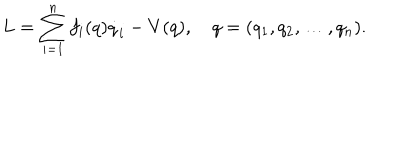
LaTeX: L = \sum _ { i = 1 } ^ { n } f _ { i } ( q ) \dot { q } _ { i } - V ( q ) , \quad q = ( q _ { 1 } , q _ { 2 } , \ldots , q _ { n } ) { . }